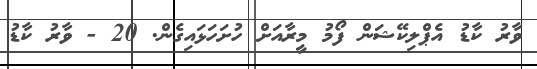
ވާރު ކާޑު އެޕްލިކޭޝަން ފޯމު މީރާއަށް ހުށަހަޅައިގެން. 20 - ވާރު ކާޑު